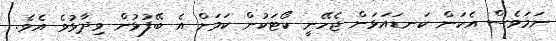
ނަމަވެސް އެކަން ކަނޑައަޅަން ޖެހޭނީ ކޯޓަކުން ކަމަށް އެ ބޭފުޅުން ވިދާޅުވެ އެވެ.